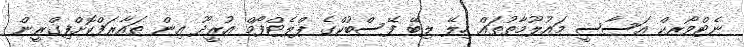
ނެޓްވޯރކް އަސާސީ މައުލޫމާތުތައް ހިލޭ ލިބޭ ފޭސްބުކްގެ ޕްލެޓްފޯމް އުރީދޫ އިން ތައާރަފްކޮށްފިގްރީން